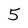
Character: 5